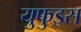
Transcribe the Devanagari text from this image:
युफुइस